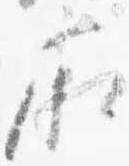
廂